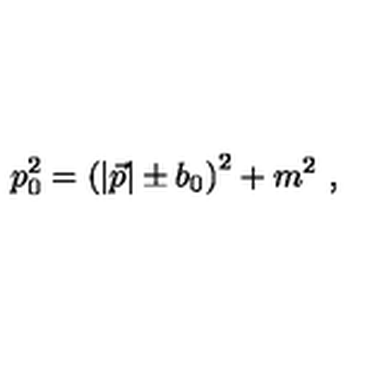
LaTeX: p _ { 0 } ^ { 2 } = \left( | \vec { p } | \pm b _ { 0 } \right) ^ { 2 } + m ^ { 2 } \ ,